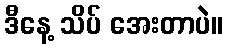
ဒီနေ့ သိပ် အေးတာပဲ။